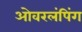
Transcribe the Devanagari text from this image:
ओवरलंपिंग